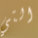
التي